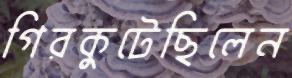
গিরকুটেছিলেন